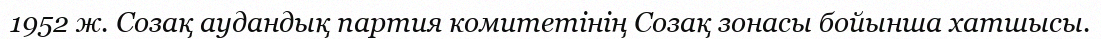
1952 ж. Созақ аудандық партия комитетінің Созақ зонасы бойынша хатшысы.